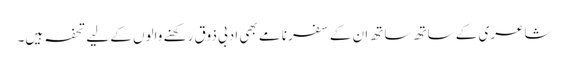
شاعری کے ساتھ ساتھ ان کے سفر نامے بھی ادبی ذوق رکھنے والوں کے لیے تحفہ ہیں۔